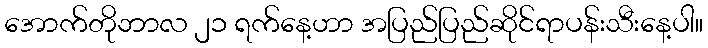
အောက်တိုဘာလ ၂၁ ရက်နေ့ဟာ အပြည်ပြည်ဆိုင်ရာပန်းသီးနေ့ပါ။